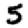
Digit: 5